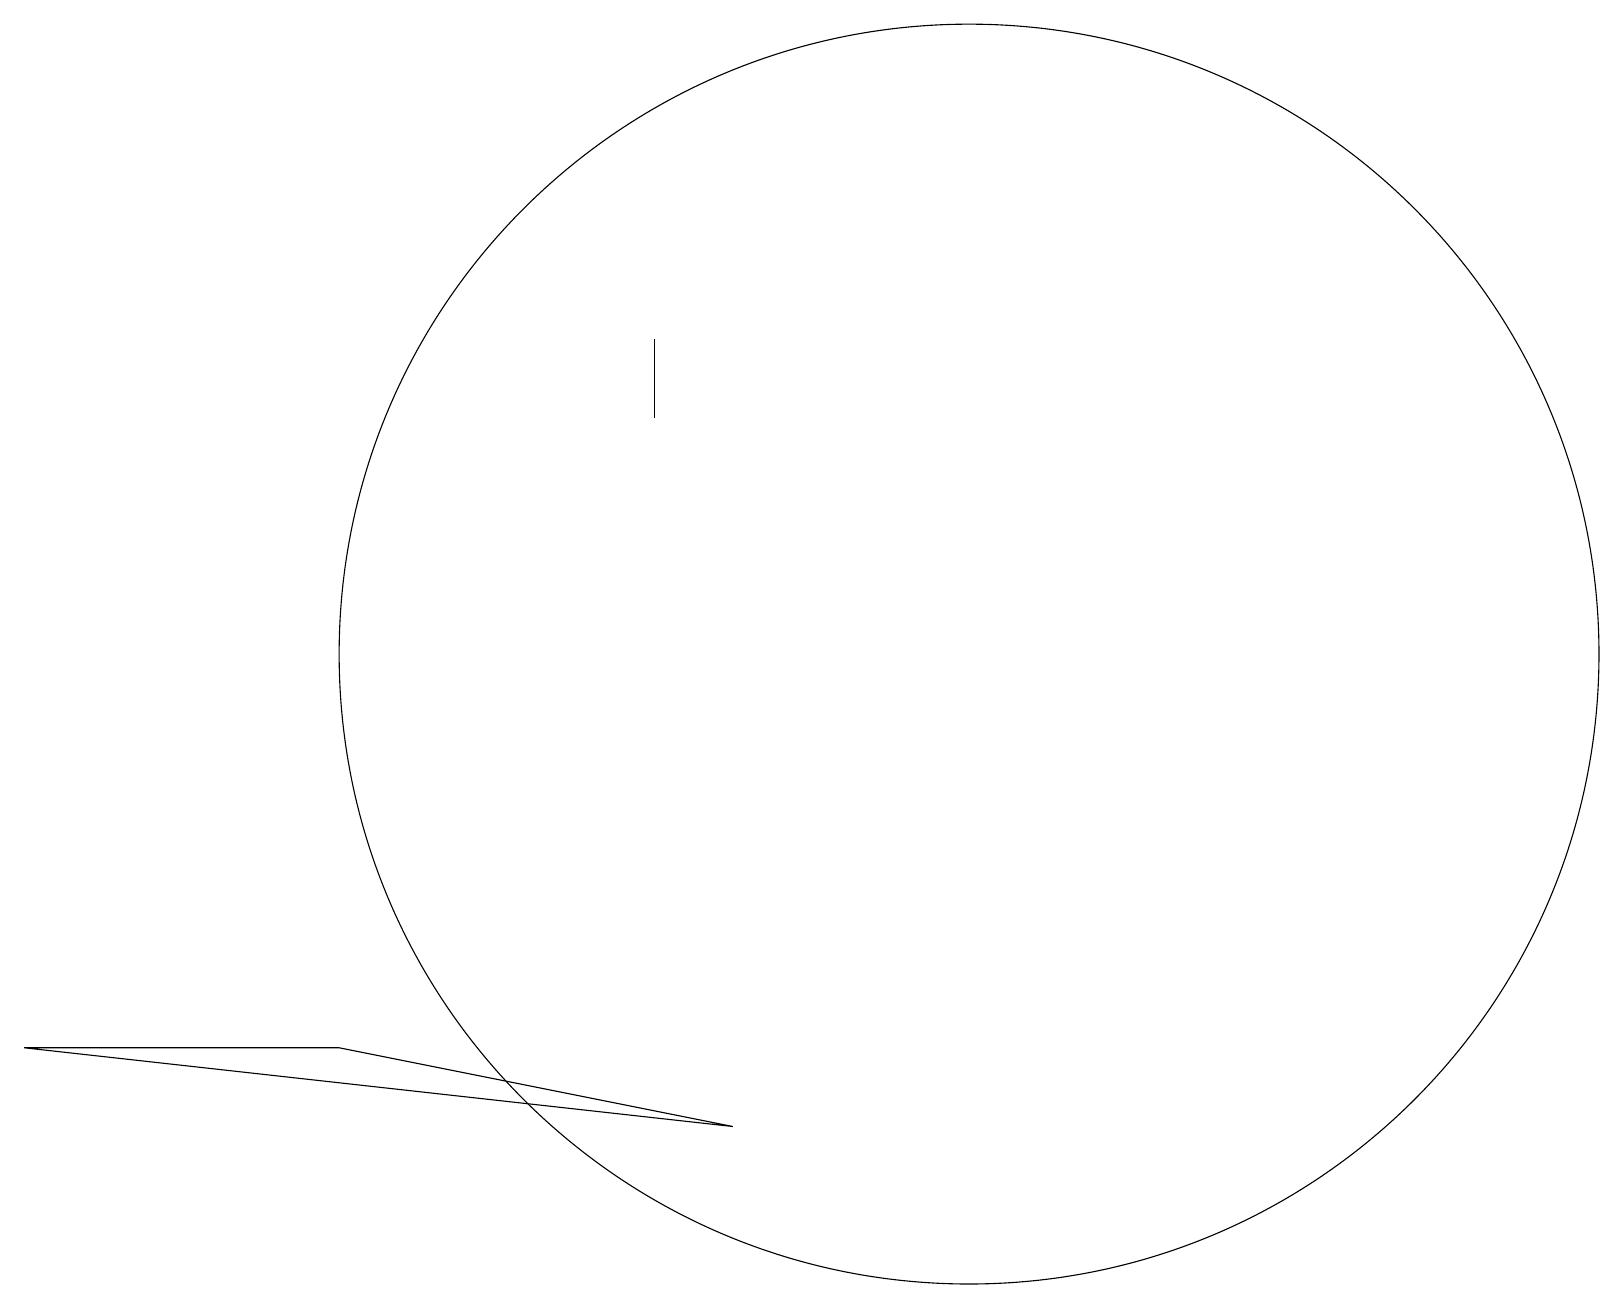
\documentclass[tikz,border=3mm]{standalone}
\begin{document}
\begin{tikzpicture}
\draw (12,11) circle (8);
\draw (8,15) rectangle (8,14);
\draw (0,6) -- (9,5) -- (4,6) -- cycle;
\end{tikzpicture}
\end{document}